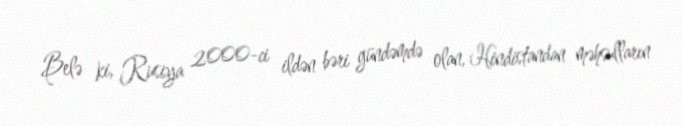
Belə ki, Rusiya 2000-ci ildən bəri gündəmdə olan, Hindistandan məhsulların